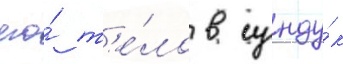
его́ т'е́ло в сунду́к